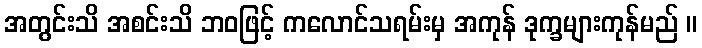
အတွင်းသိ အစင်းသိ ဘဝဖြင့် ကလောင်သရမ်းမှ အကုန် ဒုက္ခများကုန်မည် ။